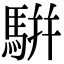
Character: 騈